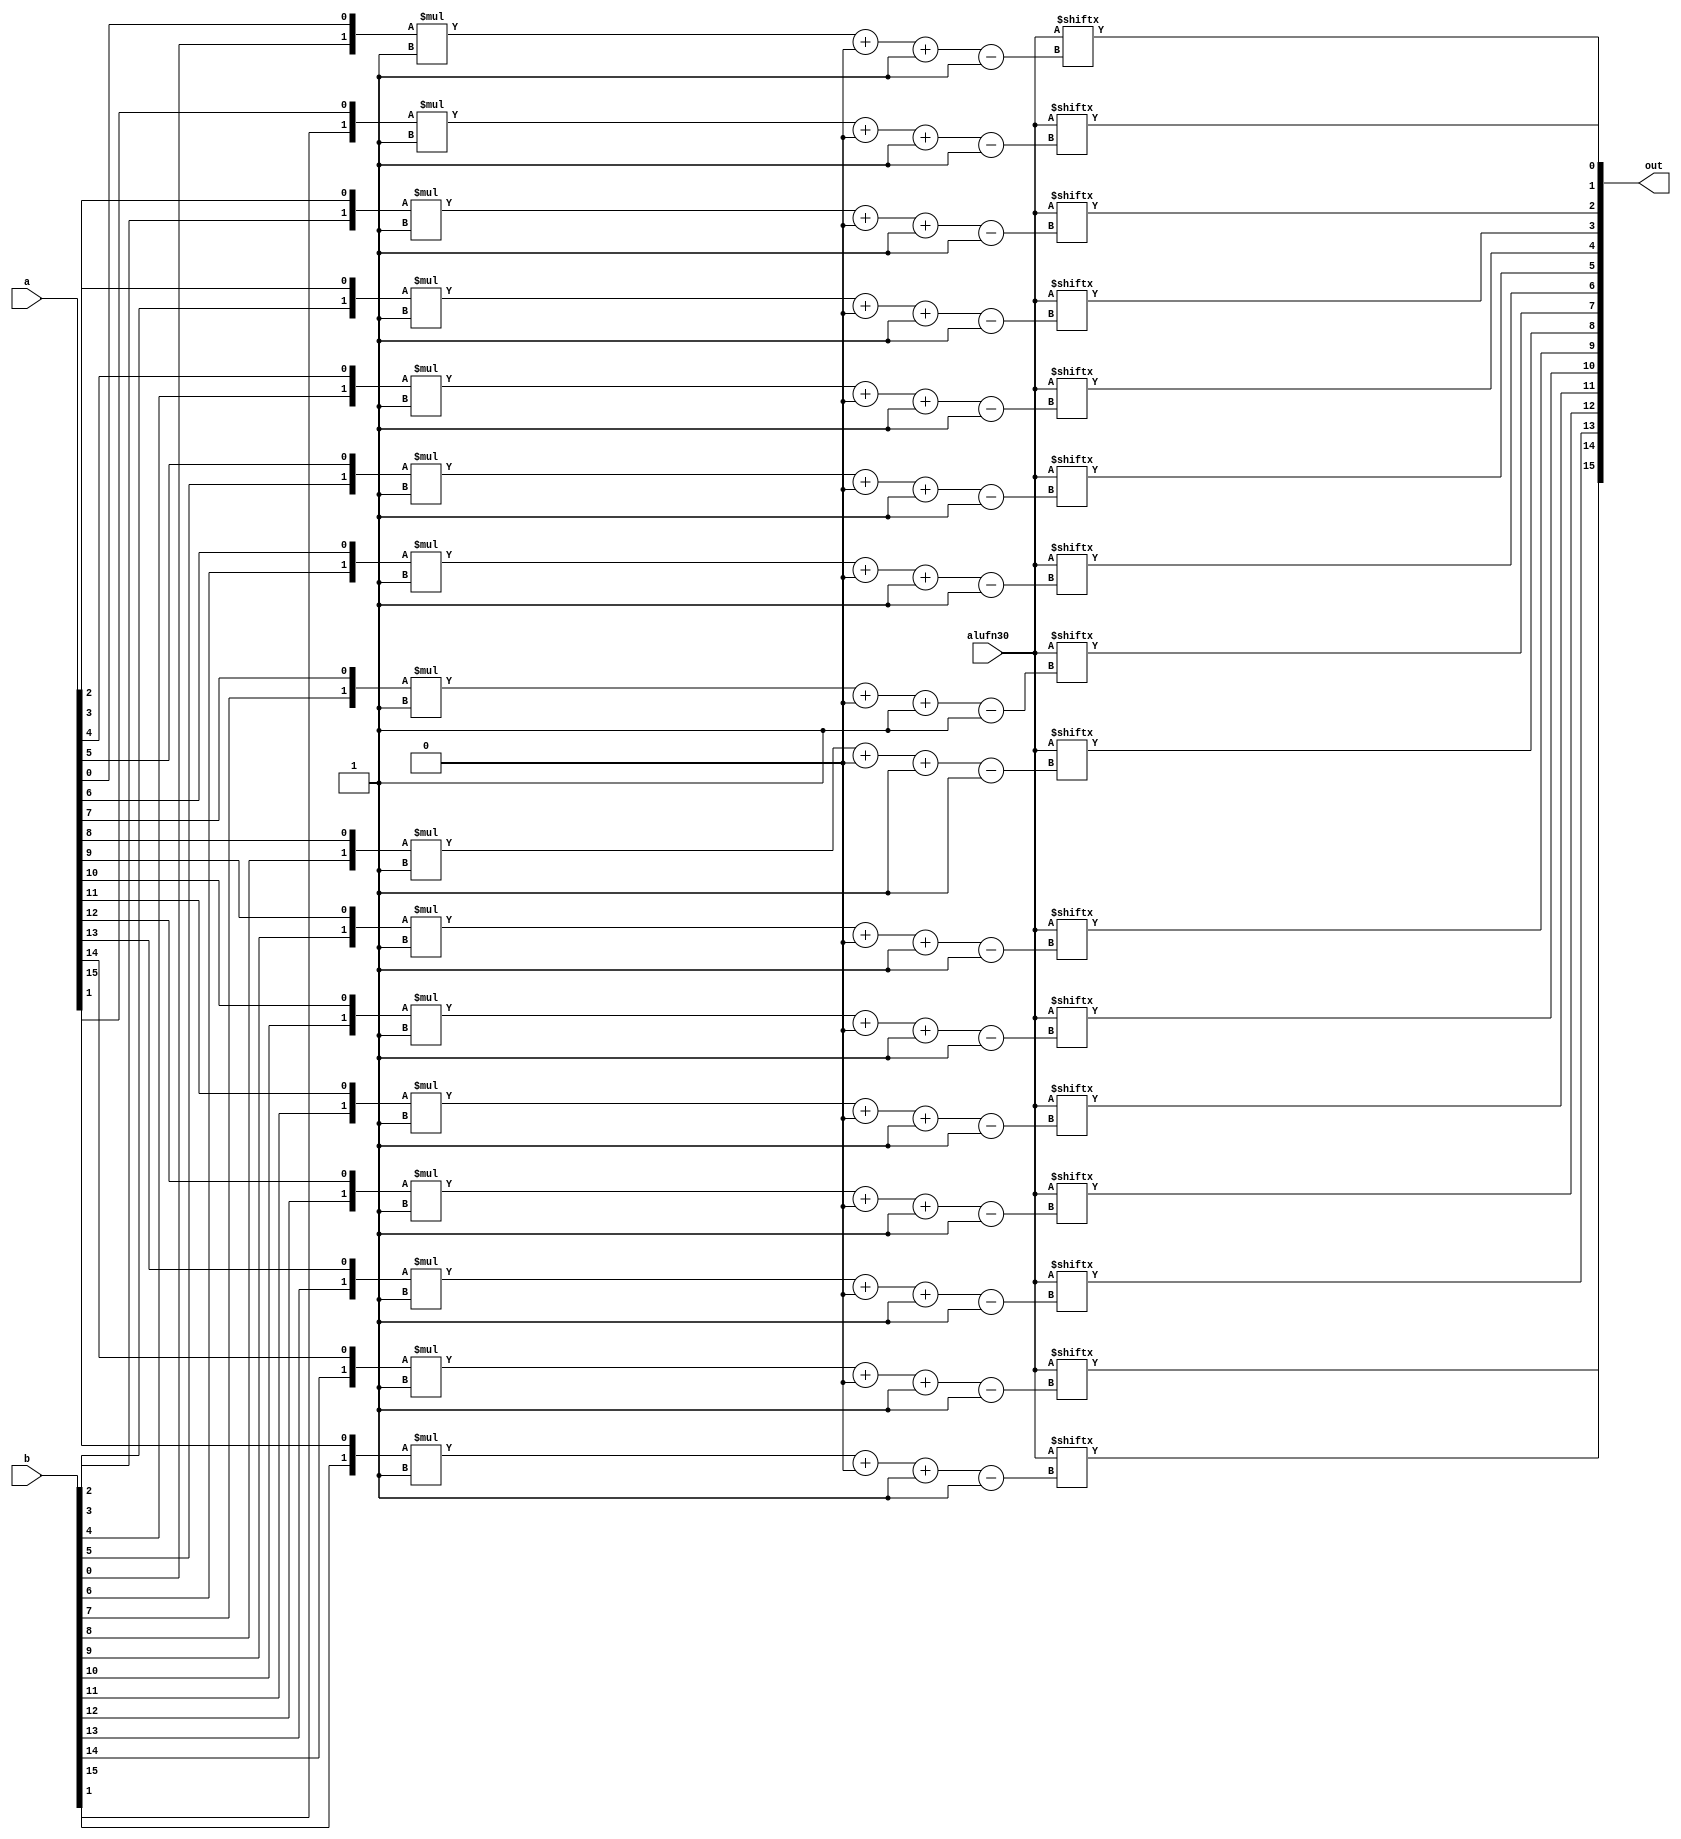
/*
   This file was generated automatically by the Mojo IDE version B1.3.6.
   Do not edit this file directly. Instead edit the original Lucid source.
   This is a temporary file and any changes made to it will be destroyed.
*/

module boolean_10 (
    input [3:0] alufn30,
    input [15:0] a,
    input [15:0] b,
    output reg [15:0] out
  );
  
  
  
  integer i;
  
  always @* begin
    for (i = 1'h0; i < 5'h10; i = i + 1) begin
      out[(i)*1+0-:1] = alufn30[({b[(i)*1+0-:1], a[(i)*1+0-:1]})*1+0-:1];
    end
  end
endmodule